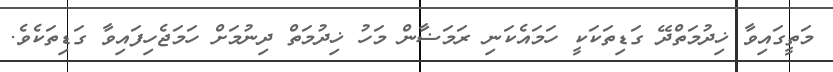
މަތީގައިވާ ޚިދުމަތްދޭ ގަޑިތަކަކީ ހަމައެކަނި ރަމަޟާން މަހު ޚިދުމަތް ދިނުމަށް ހަމަޖެހިފައިވާ ގަޑިތަކެވެ.